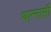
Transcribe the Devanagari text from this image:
थान्नासी